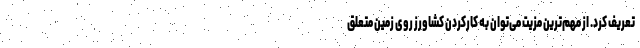
تعریف کرد. از مهم‌ترین مزیت می‌توان به کارکردن کشاورز روی زمین متعلق